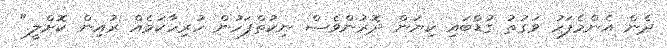
ދެން އެންމެފަހު ވަގުތު ގުޑްބައި ކިޔަން ދޮރުންވެސް ނިކުތްފަހުން ހުރިހާކަމެއް ރުއިން ކޮށްލީ."